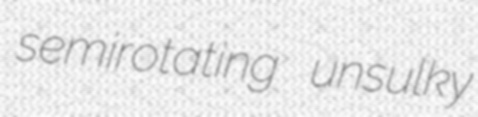
semirotating unsulky